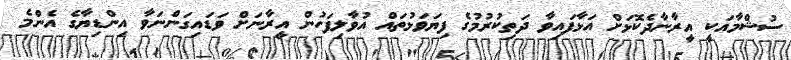
ސުޝްމާއަކީ އީރާނާދެކޮޅަށް އަޅާފައިވާ ދަތިކުރުމުގެ ފިޔަވަޅުތައް އުވާލިފަހުން އީރާނަށް ވަޑައިގަންނަވާ އިންޑިޔާގެ އެންމެ